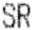
SR